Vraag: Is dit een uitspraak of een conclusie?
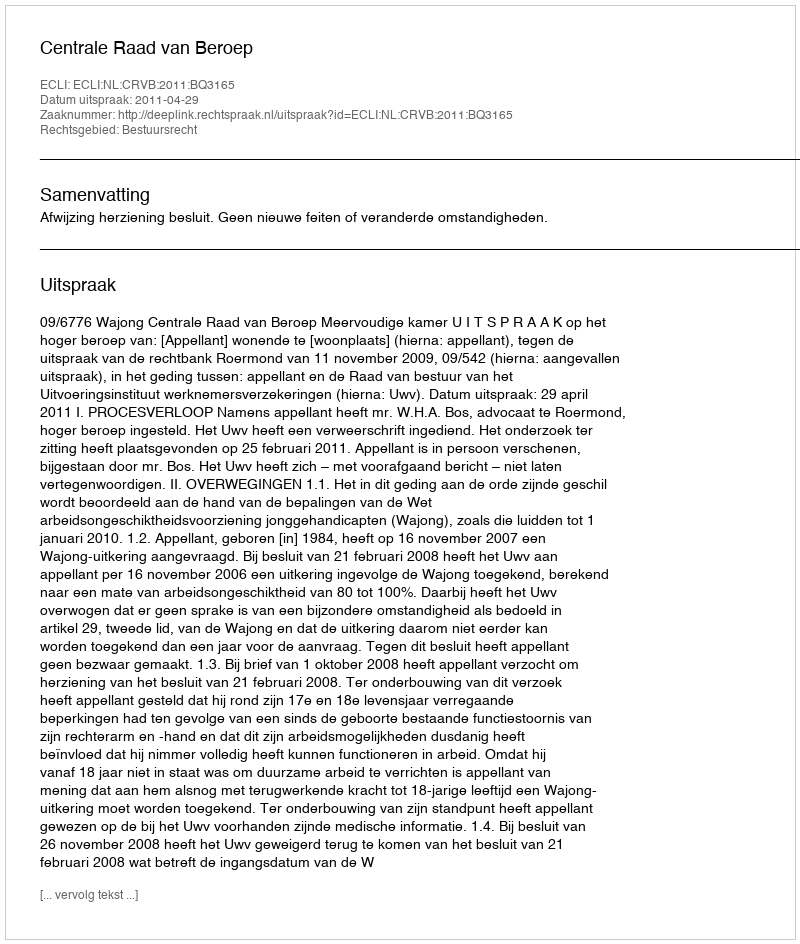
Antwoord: Uitspraak